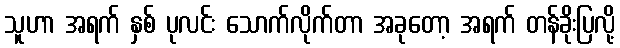
သူဟာ အရက် နှစ် ပုလင်း သောက်လိုက်တာ အခုတော့ အရက် တန်ခိုးပြလို့